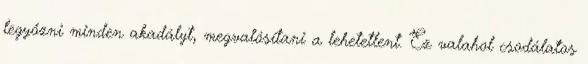
legyőzni minden akadályt, megvalósítani a lehetetlent. Ez valahol csodálatos